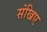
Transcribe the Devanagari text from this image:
संखिए